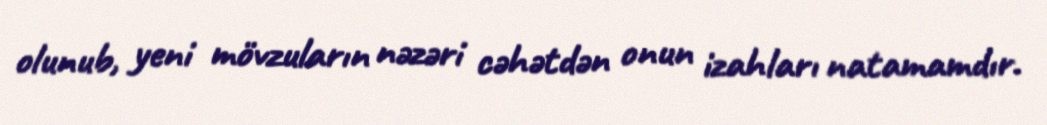
olunub, yeni mövzuların nəzəri cəhətdən onun izahları natamamdır.